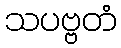
သပဗ္ဗတံ